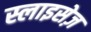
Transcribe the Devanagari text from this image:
स्लाइसेज़